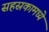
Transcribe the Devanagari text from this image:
सहस्रकामध्ये